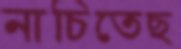
নাচিতেছ